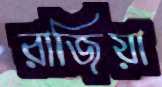
রাজিয়া